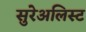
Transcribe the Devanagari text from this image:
सुरेअलिस्ट